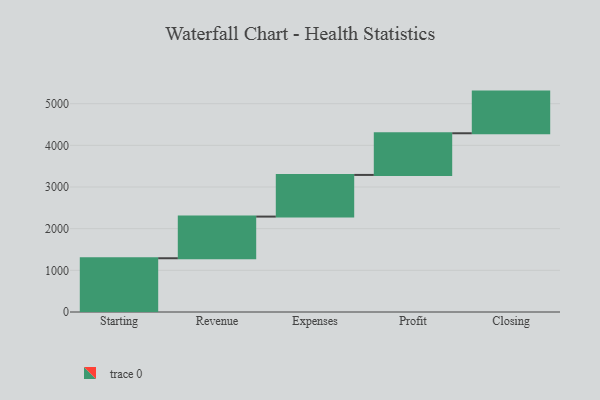
{"axis": {"x": "Step", "y": "Value"}, "legend": [""], "data": [{"x": "Starting", "y": 1290.0, "type": ""}, {"x": "Revenue", "y": 1000, "type": ""}, {"x": "Expenses", "y": 1000, "type": ""}, {"x": "Profit", "y": 1000, "type": ""}, {"x": "Closing", "y": 1000, "type": ""}]}